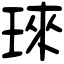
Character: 琜